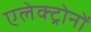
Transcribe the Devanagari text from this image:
एलेक्ट्रोनों